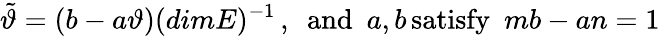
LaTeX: \tilde{\vartheta}=(b-a\vartheta)(dimE)^{-1}\, ,\enspace\mathrm{and}\enspace a,b\, \mathrm{satisfy}\enspace mb-an=1